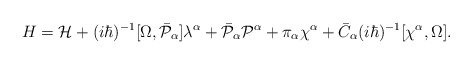
\begin{align*}H={\cal H}+(i\hbar)^{-1}[\Omega,\bar{\cal P}_\alpha]\lambda^\alpha+\bar{\cal P}_\alpha{\cal P}^\alpha+\pi_\alpha\chi^\alpha+\bar{C}_\alpha(i\hbar)^{-1}[\chi^\alpha,\Omega].\end{align*}